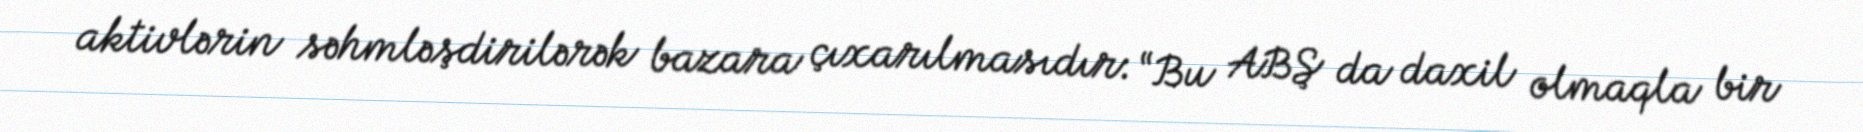
aktivlərin səhmləşdirilərək bazara çıxarılmasıdır: “Bu ABŞ da daxil olmaqla bir